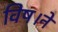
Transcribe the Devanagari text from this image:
विष।ने